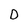
Character: D